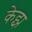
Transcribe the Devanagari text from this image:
केझ